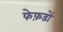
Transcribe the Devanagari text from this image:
फेफ़डों